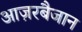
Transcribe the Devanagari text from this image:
आज़रबैजान